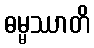
ဓမ္မဿာတိ